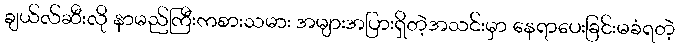
ချယ်လ်ဆီးလို နာမည်ကြီးကစားသမား အများအပြားရှိတဲ့အသင်းမှာ နေရာပေးခြင်းမခံရတဲ့